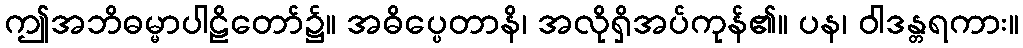
ဤအဘိဓမ္မာပါဠိတော်၌။ အဓိပ္ပေတာနိ၊ အလိုရှိအပ်ကုန်၏။ ပန၊ ဝါဒန္တရကား။